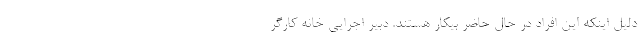
دلیل اینکه این افراد در حال حاضر بیکار هستند. دبیر اجرایی خانه کارگر